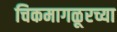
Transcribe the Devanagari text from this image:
चिकमागळूरच्या